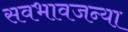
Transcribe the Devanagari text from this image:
सवभावजन्या